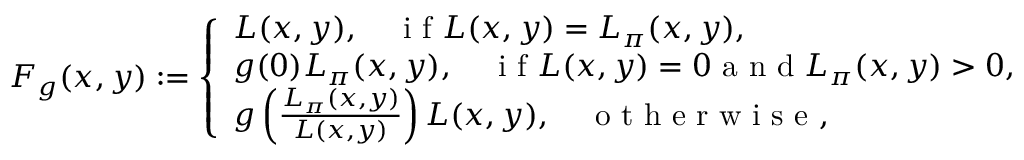
\begin{array} { r } { F _ { g } ( x , y ) : = \left\{ \begin{array} { l l } { L ( x , y ) , \quad \textrm { i f } L ( x , y ) = L _ { \pi } ( x , y ) , } \\ { g ( 0 ) L _ { \pi } ( x , y ) , \quad \textrm { i f } L ( x , y ) = 0 \textrm { a n d } L _ { \pi } ( x , y ) > 0 , } \\ { g \left( \frac { L _ { \pi } ( x , y ) } { L ( x , y ) } \right) L ( x , y ) , \quad \textrm { o t h e r w i s e } , } \end{array} \right. } \end{array}